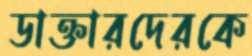
ডাক্তারদেরকে